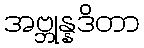
အဗ္ဘုန္နဒိတာ